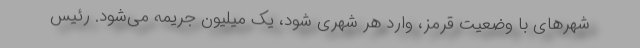
شهرهای با وضعیت قرمز، وارد هر شهری شود، یک میلیون جریمه می‌شود. رئیس